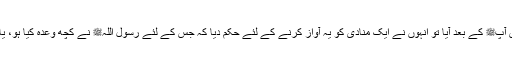
وہ مال سیدنا ابو بکر صدیقؓ کے پاس آپﷺ کے بعد آیا تو انہوں نے ایک منادی کو یہ آواز کرنے کے لئے حکم دیا کہ جس کے لئے رسول اللہﷺ نے کچھ وعدہ کیا ہو، یا اس کا قرض آپﷺ پر آتا ہو وہ آئے۔